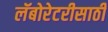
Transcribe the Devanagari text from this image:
लॅबोरेटरीसाठी